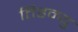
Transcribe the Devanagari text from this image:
तिहन्यु